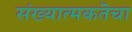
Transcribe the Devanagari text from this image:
संख्यात्मकतॆचा